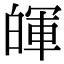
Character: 𤾈